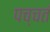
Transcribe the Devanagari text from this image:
पच्चतं